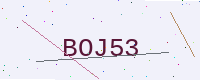
Text: BOJ53